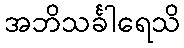
အဘိသင်္ခါရေသိ